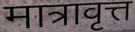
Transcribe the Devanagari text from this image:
मात्रावृत्त